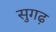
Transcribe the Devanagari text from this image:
सुगढ़